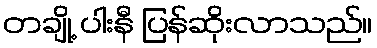
တချို့ ပါးနီ ပြန်ဆိုးလာသည်။